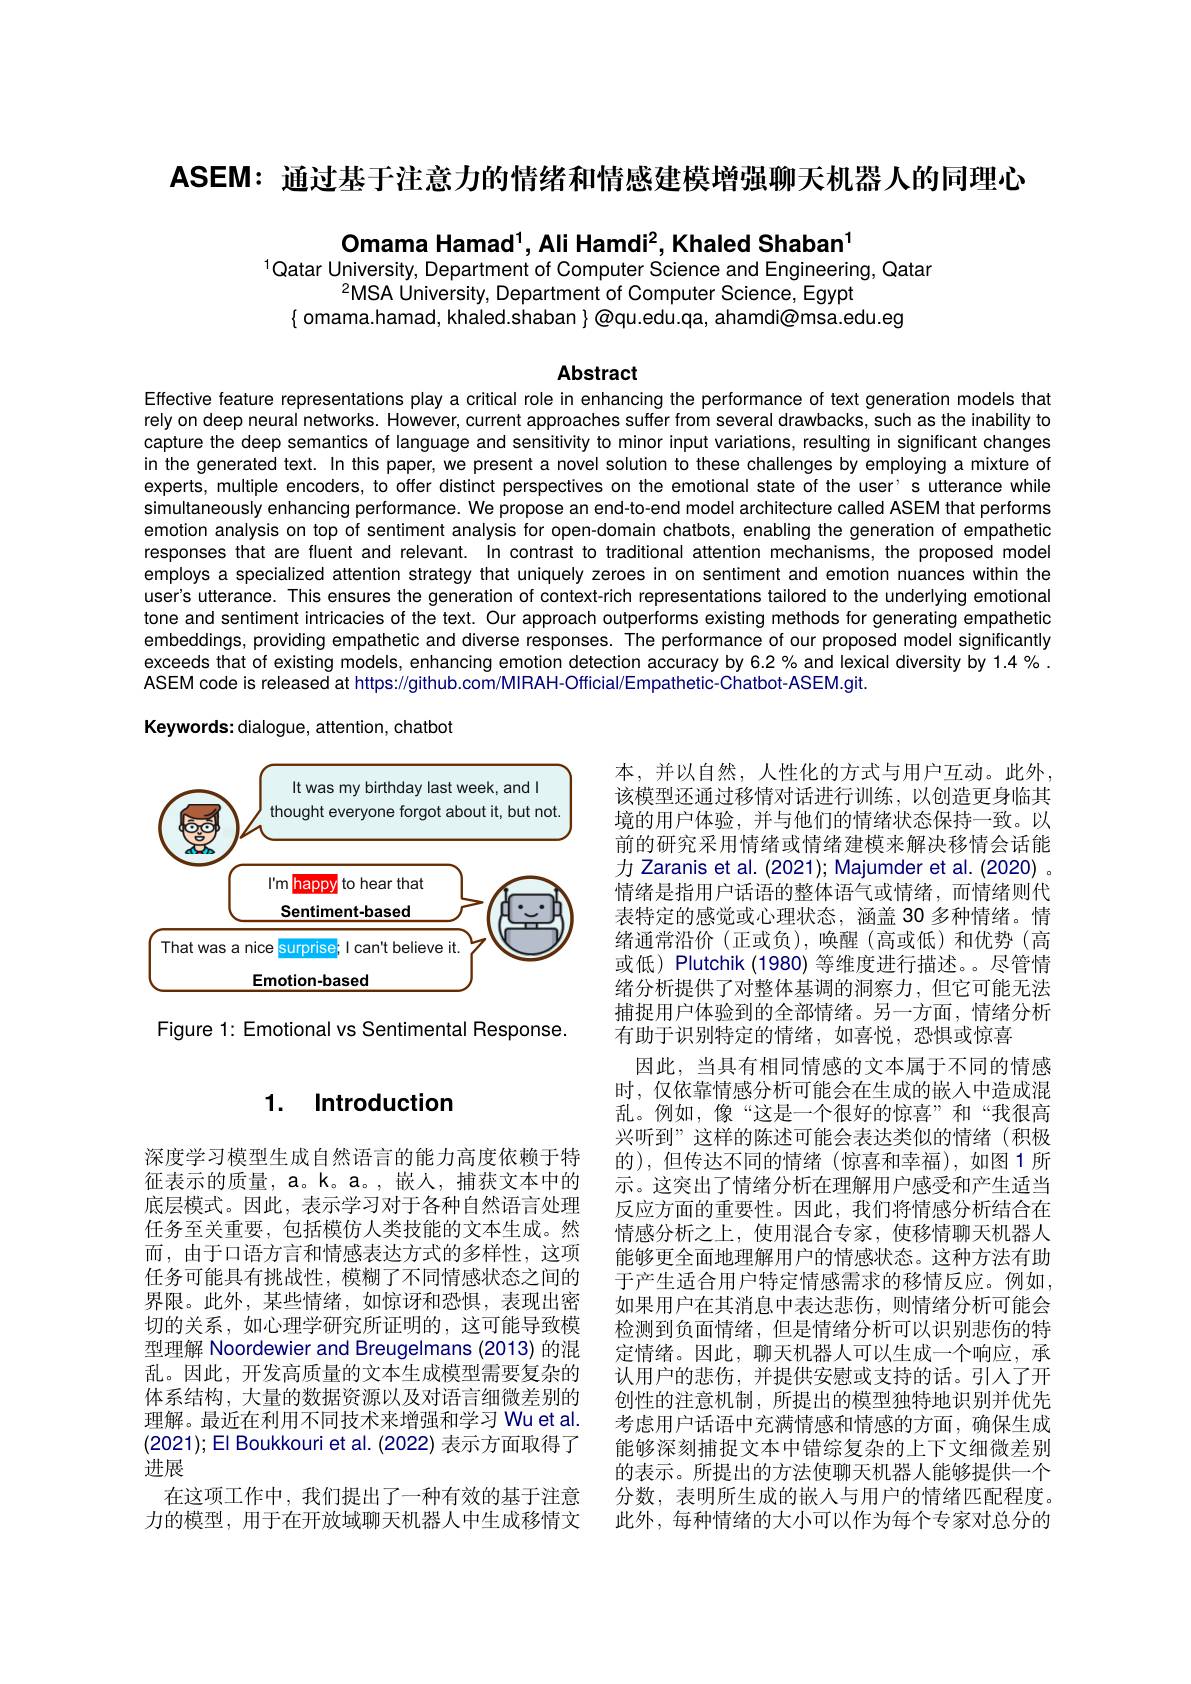
ASEM: 通过基于注意力的情绪和情感建模增强聊天机器人的同理心

Omama Hamad$^1$,Ali Hamdi$^2$,Khaled Shaban$^1$

$^{1}$Qatar University, Department of Computer Science and Engineering, Qatar
$^{2}$MSA University, Department of Computer Science, Egypt
$\{$ omama.hamad, khaled.shaban $\}\textcircled{\text{@qu.edu.qa, ahamdi@msa.edu.eg}}$

Abstract

Effective feature representations play a critical role in enhancing the performance of text generation models that rely on deep neural networks. However, current approaches suffer from several drawbacks, such as the inability to capture the deep semantics of language and sensitivity to minor input variations, resulting in significant changes in the generated text. In this paper, we present a novel solution to these challenges by employing a mixture of experts, multiple encoders, to offer distinct perspectives on the emotional state of the user' s utterance whille simultaneously enhancing performance. We propose an end-to-end model architecture called ASEM that performs emotion analysis on top of sentiment analysis for open-domain chatbots, enabling the generation of empathetic responses that are fluent and relevant. In contrast to traditional attention mechanisms, the proposed model employs a specialized attention strategy that uniquely zeroes in on sentiment and emotion nuances within the user's utterance. This ensures the generation of context-rich representations tailored to the underlying emotional tone and sentiment intricacies of the text. Our approach outperforms existing methods for generating empathetic embeddings, providing empathetic and diverse responses. The performance of our proposed model significantly exceeds that of existing models, enhancing emotion detection accuracy by 6.2% and lexical diversity by 1.4 % . ASEM code is released at https://github.com/MIRAH-Official/Empathetic-Chatbot-ASEM.git.

Keywords: dialogue, attention, chatbot

<FigureHere>

Figure 1: Emotional vs Sentimental Response.

### 1. Introduction

本，并以自然，人性化的方式与用户互动。此外， 该模型还通过移情对话进行训练，以创造更身临其境的用户体验，并与他们的情绪状态保持一致。以前的研究采用情绪或情绪建模来解决移情会话能力 Zaranis et al. (2021); Majumder et al. (2020) 。情绪是指用户话语的整体语气或情绪，而情绪则代表特定的感觉或心理状态，涵盖 30 多种情绪。情绪通常沿价(正或负),唤醒(高或低)和优势(高或低) Plutchik (1980) 等维度进行描述。。尽管情绪分析提供了对整体基调的洞察力，但它可能无法捕捉用户体验到的全部情绪。另一方面，情绪分析有助于识别特定的情绪，如喜悦，恐惧或惊喜
因此，当具有相同情感的文本属于不同的情感时，仅依靠情感分析可能会在生成的嵌入中造成混乱。例如，像“这是一个很好的惊喜”和“我很高兴听到”这样的陈述可能会表达类似的情绪(积极的),但传达不同的情绪(惊喜和幸福),如图1所示。这突出了情绪分析在理解用户感受和产生适当反应方面的重要性。因此，我们将情感分析结合在情感分析之上，使用混合专家，使移情聊天机器人能够更全面地理解用户的情感状态。这种方法有助于产生适合用户特定情感需求的移情反应。例如如果用户在其消息中表达悲伤，则情绪分析可能会检测到负面情绪，但是情绪分析可以识别悲伤的特定情绪。因此，聊天机器人可以生成一个响应，承认用户的悲伤，并提供安慰或支持的话。引入了开创性的注意机制，所提出的模型独特地识别并优先考虑用户话语中充满情感和情感的方面，确保生成能够深刻捕捉文本中错综复杂的上下文细微差别的表示。所提出的方法使聊天机器人能够提供一个分数，表明所生成的嵌人与用户的情绪匹配程度。此外，每种情绪的大小可以作为每个专家对总分的

深度学习模型生成自然语言的能力高度依赖于特征表示的质量，a。k。a。,嵌人，捕获文本中的底层模式。因此，表示学习对于各种自然语言处理任务至关重要，包括模仿人类技能的文本生成。然而，由于口语方言和情感表达方式的多样性，这项任务可能具有挑战性，模糊了不同情感状态之间的界限。此外，某些情绪，如惊讶和恐惧，表现出密切的关系，如心理学研究所证明的，这可能导致模型理解 Noordewier and Breugelmans (2013) 的混乱。因此，开发高质量的文本生成模型需要复杂的体系结构，大量的数据资源以及对语言细微差别的理解。最近在利用不同技术来增强和学习 Wu et al. (2021); El Boukkouri et al. (2022) 表示方面取得了进展
在这项工作中，我们提出了一种有效的基于注意力的模型，用于在开放域聊天机器人中生成移情文